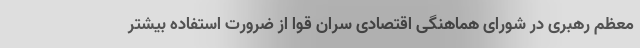
معظم رهبری در شورای هماهنگی اقتصادی سران قوا از ضرورت استفاده بیشتر